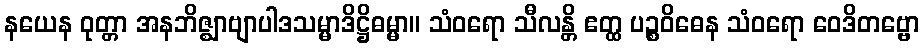
နယေန ဝုတ္တာ အနဘိဇ္ဈာဗျာပါဒသမ္မာဒိဋ္ဌိဓမ္မာ။ သံဝရော သီလန္တိ ဧတ္ထ ပဉ္စဝိဓေန သံဝရော ဝေဒိတဗ္ဗော